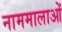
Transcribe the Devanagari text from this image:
नाममालाओं